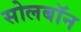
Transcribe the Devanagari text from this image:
सोलबॉन